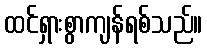
ထင်ရှားစွာကျန်ရစ်သည်။